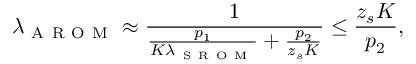
\lambda _ { \mathrm { ~ A ~ R ~ O ~ M ~ } } \approx \frac { 1 } { \frac { p _ { 1 } } { K \lambda _ { \mathrm { ~ S ~ R ~ O ~ M ~ } } } + \frac { p _ { 2 } } { z _ { s } K } } \le \frac { z _ { s } K } { p _ { 2 } } ,